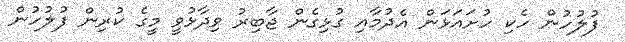
ފުލުހުން ހެކި ހުށައަޅަން އެދުމާއި ގުޅިގެން ޖާބިރު ވިދާޅުވީ މީގެ ކުރިން ފުލުހުން